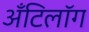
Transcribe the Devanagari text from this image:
अँटिलॉग